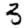
Digit: 3